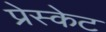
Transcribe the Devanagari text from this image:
प्रेस्केट